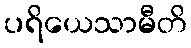
ပရိယေသာမီတိ